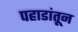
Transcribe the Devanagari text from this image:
पहाडांतून